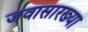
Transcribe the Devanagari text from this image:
जवासारख्या